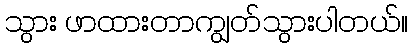
သွား ဖာထားတာကျွတ်သွားပါတယ်။